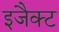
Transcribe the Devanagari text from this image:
इजैक्ट